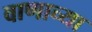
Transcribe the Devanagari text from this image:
वाणाच्या